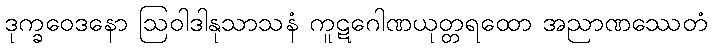
ဒုက္ခဝေဒနော ဩဝါဒါနုသာသနံ ကူဋဂေါဏယုတ္တရထော အညာဏဿေတံ